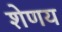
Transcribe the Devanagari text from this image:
शेणय